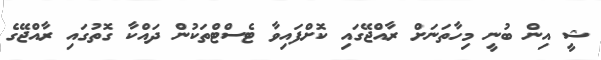
ޝީ އިން ބުނީ މިހާތަނަށް ރާއްޖޭގައި ކޮށްފައިވާ ޓެސްޓްތަކުން ދައްކާ ގޮތުގައި ރާއްޖޭގެ